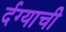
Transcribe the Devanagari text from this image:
र्दग्याची